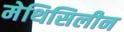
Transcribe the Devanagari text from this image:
मेथिसिलीन